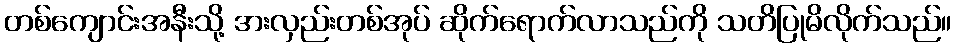
တစ်ကျောင်းအနီးသို့ ဒားလှည်းတစ်အုပ် ဆိုက်ရောက်လာသည်ကို သတိပြုမိလိုက်သည်။